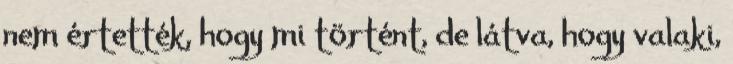
nem értették, hogy mi történt, de látva, hogy valaki,